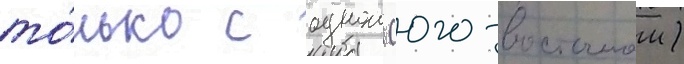
то́лько с однои (юго-восточнои)